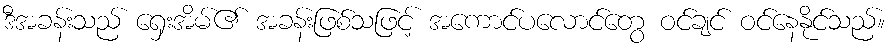
ဒီအခန်းသည် ရှေးအိမ်၏ အခန်းဖြစ်သဖြင့် အကောင်ပလောင်တွေ ဝင်ချင် ဝင်နေနိုင်သည်။